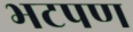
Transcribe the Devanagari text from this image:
भटपण